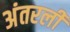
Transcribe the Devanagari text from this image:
अंतरली